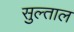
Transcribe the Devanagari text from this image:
सुल्ताल